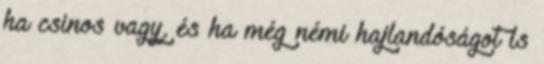
ha csinos vagy, és ha még némi hajlandóságot is